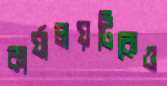
কার্যালয়টিকেও